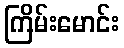
ကြိမ်းမောင်း